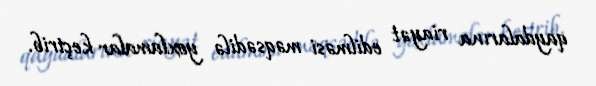
qaydalarına riayət edilməsi məqsədilə yoxlamalar keçirib.